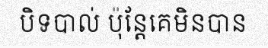
បិទបាល់ ប៉ុន្តែគេមិនបាន